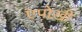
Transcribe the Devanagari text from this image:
एपोख़ी